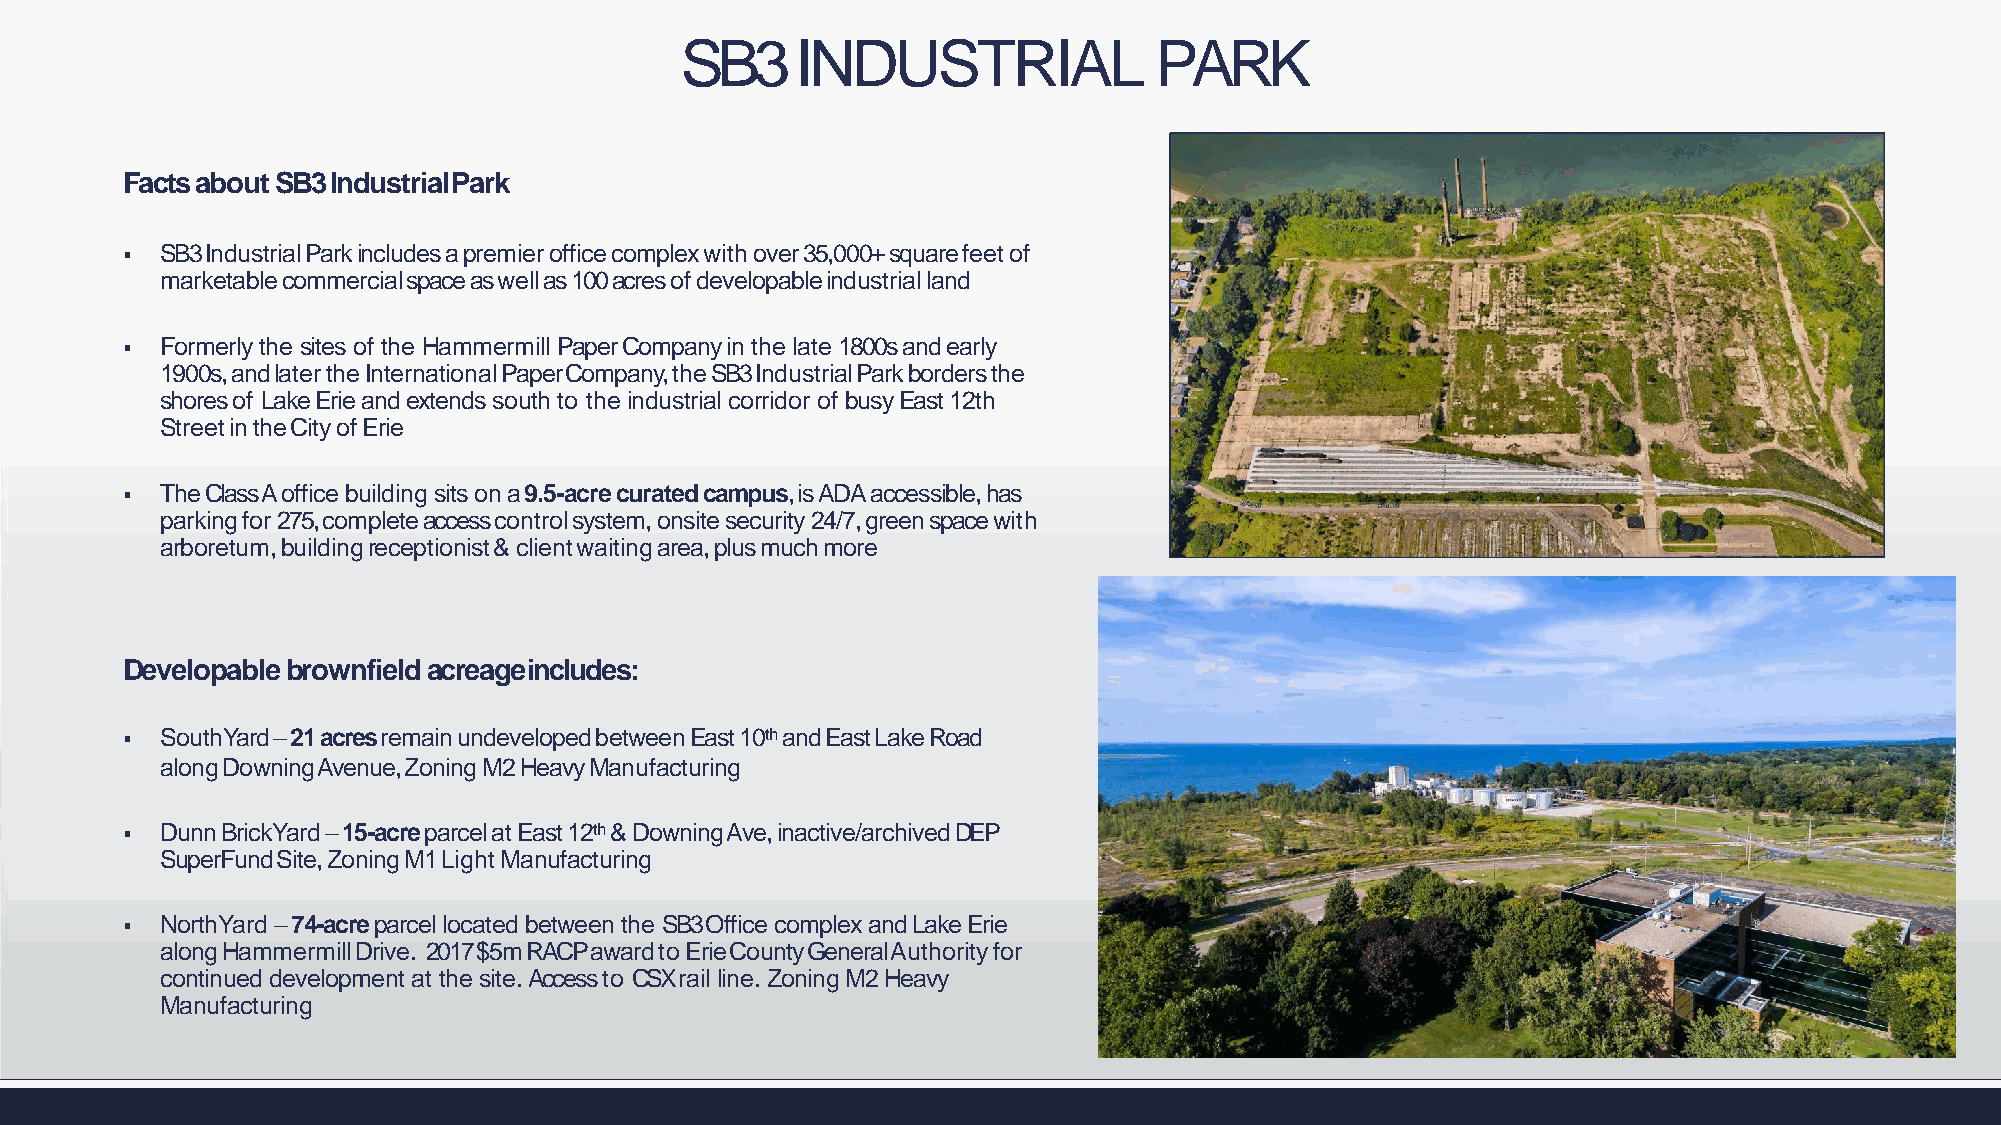
SB3     INDUSTRIAL             PARK
 Facts about SB3 IndustrialPark
   SB3IndustrialParkincludesapremierofficecomplexwithover35,000+squarefeetof
 marketablecommercialspaceaswellas100acresofdevelopableindustrialland
   Formerly the sites of the Hammermill Paper Company in the late 1800s and early
 1900s,andlatertheInternationalPaperCompany,theSB3IndustrialParkbordersthe
 shores of Lake Erie and extends south to the industrial corridor of busy East 12th
 StreetintheCityofErie
   The Class A office building sits on a 9.5-acre curated campus, is ADA accessible, has
 parkingfor275,completeaccesscontrolsystem,onsitesecurity24/7,greenspacewith
 arboretum,buildingreceptionist&clientwaitingarea,plusmuchmore
 Developable brownfield acreageincludes:
   SouthYard–21acresremainundevelopedbetweenEast10thandEastLakeRoad
 alongDowningAvenue,ZoningM2HeavyManufacturing
   DunnBrickYard–15-acreparcelatEast12th&DowningAve,inactive/archivedDEP
 SuperFundSite,ZoningM1LightManufacturing
   NorthYard –74-acre parcel located between the SB3 Office complex and Lake Erie
 alongHammermillDrive. 2017$5mRACPawardtoErieCountyGeneralAuthorityfor
 continued development at the site. Access to CSX rail line. Zoning M2 Heavy
 Manufacturing